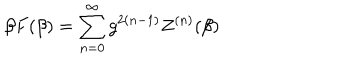
\beta F ( \beta ) = \sum _ { n = 0 } ^ { \infty } g ^ { 2 ( n - 1 ) } Z ^ { ( n ) } ( \beta )